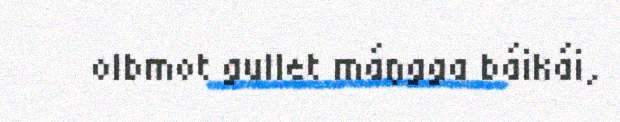
olbmot gullet máŋgga báikái,